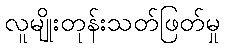
လူမျိုးတုန်းသတ်ဖြတ်မှု